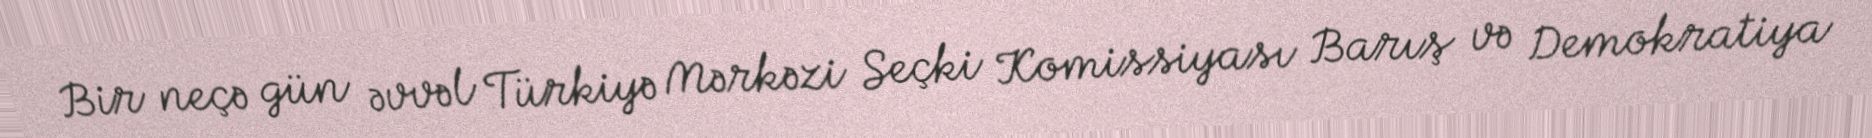
Bir neçə gün əvvəl Türkiyə Mərkəzi Seçki Komissiyası Barış və Demokratiya